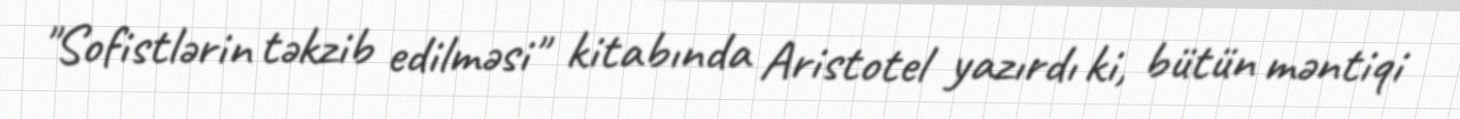
"Sofistlərin təkzib edilməsi" kitabında Aristotel yazırdı ki, bütün məntiqi